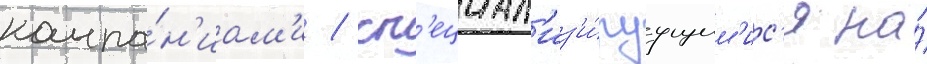
компа́н'иам'и / сп'ециал'из'и́руущим'ис'я на́